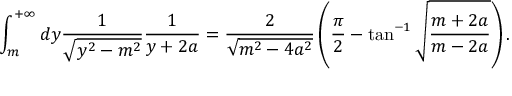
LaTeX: \int _ { m } ^ { + \infty } d y \frac { 1 } { \sqrt { y ^ { 2 } - m ^ { 2 } } } \frac { 1 } { y + 2 a } = \frac { 2 } { \sqrt { m ^ { 2 } - 4 a ^ { 2 } } } \left( \frac { \pi } { 2 } - \tan ^ { - 1 } \sqrt { \frac { m + 2 a } { m - 2 a } } \right) .